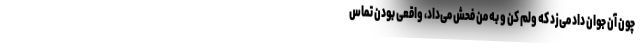
چون آن جوان داد می‌زد که ولم کن و به من فحش می‌داد، واقعی بودن تماس